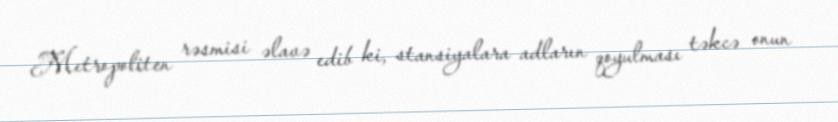
Metropoliten rəsmisi əlavə edib ki, stansiyalara adların qoyulması təkcə onun